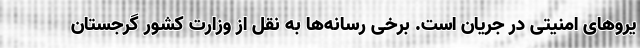
یروهای امنیتی در جریان است. برخی رسانه‌ها به نقل از وزارت کشور گرجستان